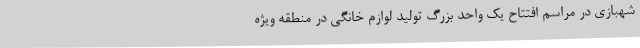
شهبازی در مراسم افتتاح یک واحد بزرگ تولید لوازم خانگی در منطقه ویژه